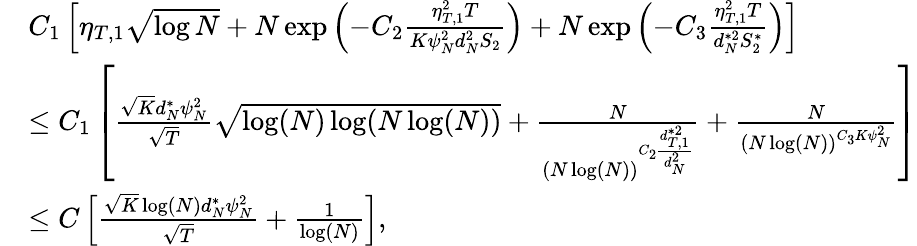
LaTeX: \begin{array}{rl}&{C_{1}\left[\eta_{T,1}\sqrt{\log{N}}+N\exp\left(-C_{2}\frac{\eta_{T,1}^{2}T}{K\psi_{N}^{2}d_{N}^{2}S_{2}}\right)+N\exp\left(-C_{3}\frac{\eta_{T,1}^{2}T}{d_{N}^{*2}S_{2}^{*}}\right)\right]}\\ &{\leq C_{1}\left[\frac{\sqrt{K}d_{N}^{*}\psi_{N}^{2}}{\sqrt{T}}\sqrt{\log(N)\log(N\log(N))}+\frac{N}{(N\log(N))^{C_{2}\frac{d_{T,1}^{*2}}{d_{N}^{2}}}}+\frac{N}{(N\log(N))^{C_{3}K\psi_{N}^{2}}}\right]}\\ &{\leq C\left[\frac{\sqrt{K}\log(N)d_{N}^{*}\psi_{N}^{2}}{\sqrt{T}}+\frac{1}{\log(N)}\right],}\end{array}